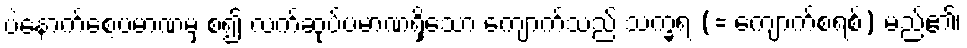
ပဲနောက်စေ့ပမာဏမှ စ၍ လက်ဆုပ်ပမာဏရှိသော ကျောက်သည် သက္ခရ (= ကျောက်စရစ်) မည်၏၊